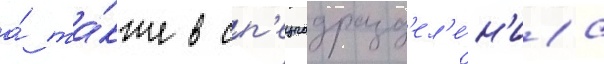
а́ та́кже в сп'ецподразд'ел'е́н'иа